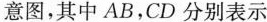
意图，其中AB，CD分别表示